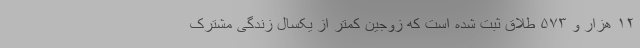
۱۲ هزار و ۵۷۳ طلاق ثبت شده است که زوجین کمتر از یکسال زندگی مشترک